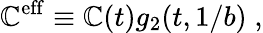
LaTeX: \mathbb{C}^{\mathrm{{eff}}}\equiv\mathbb{C}(t)g_{2}(t,1/b)\; ,